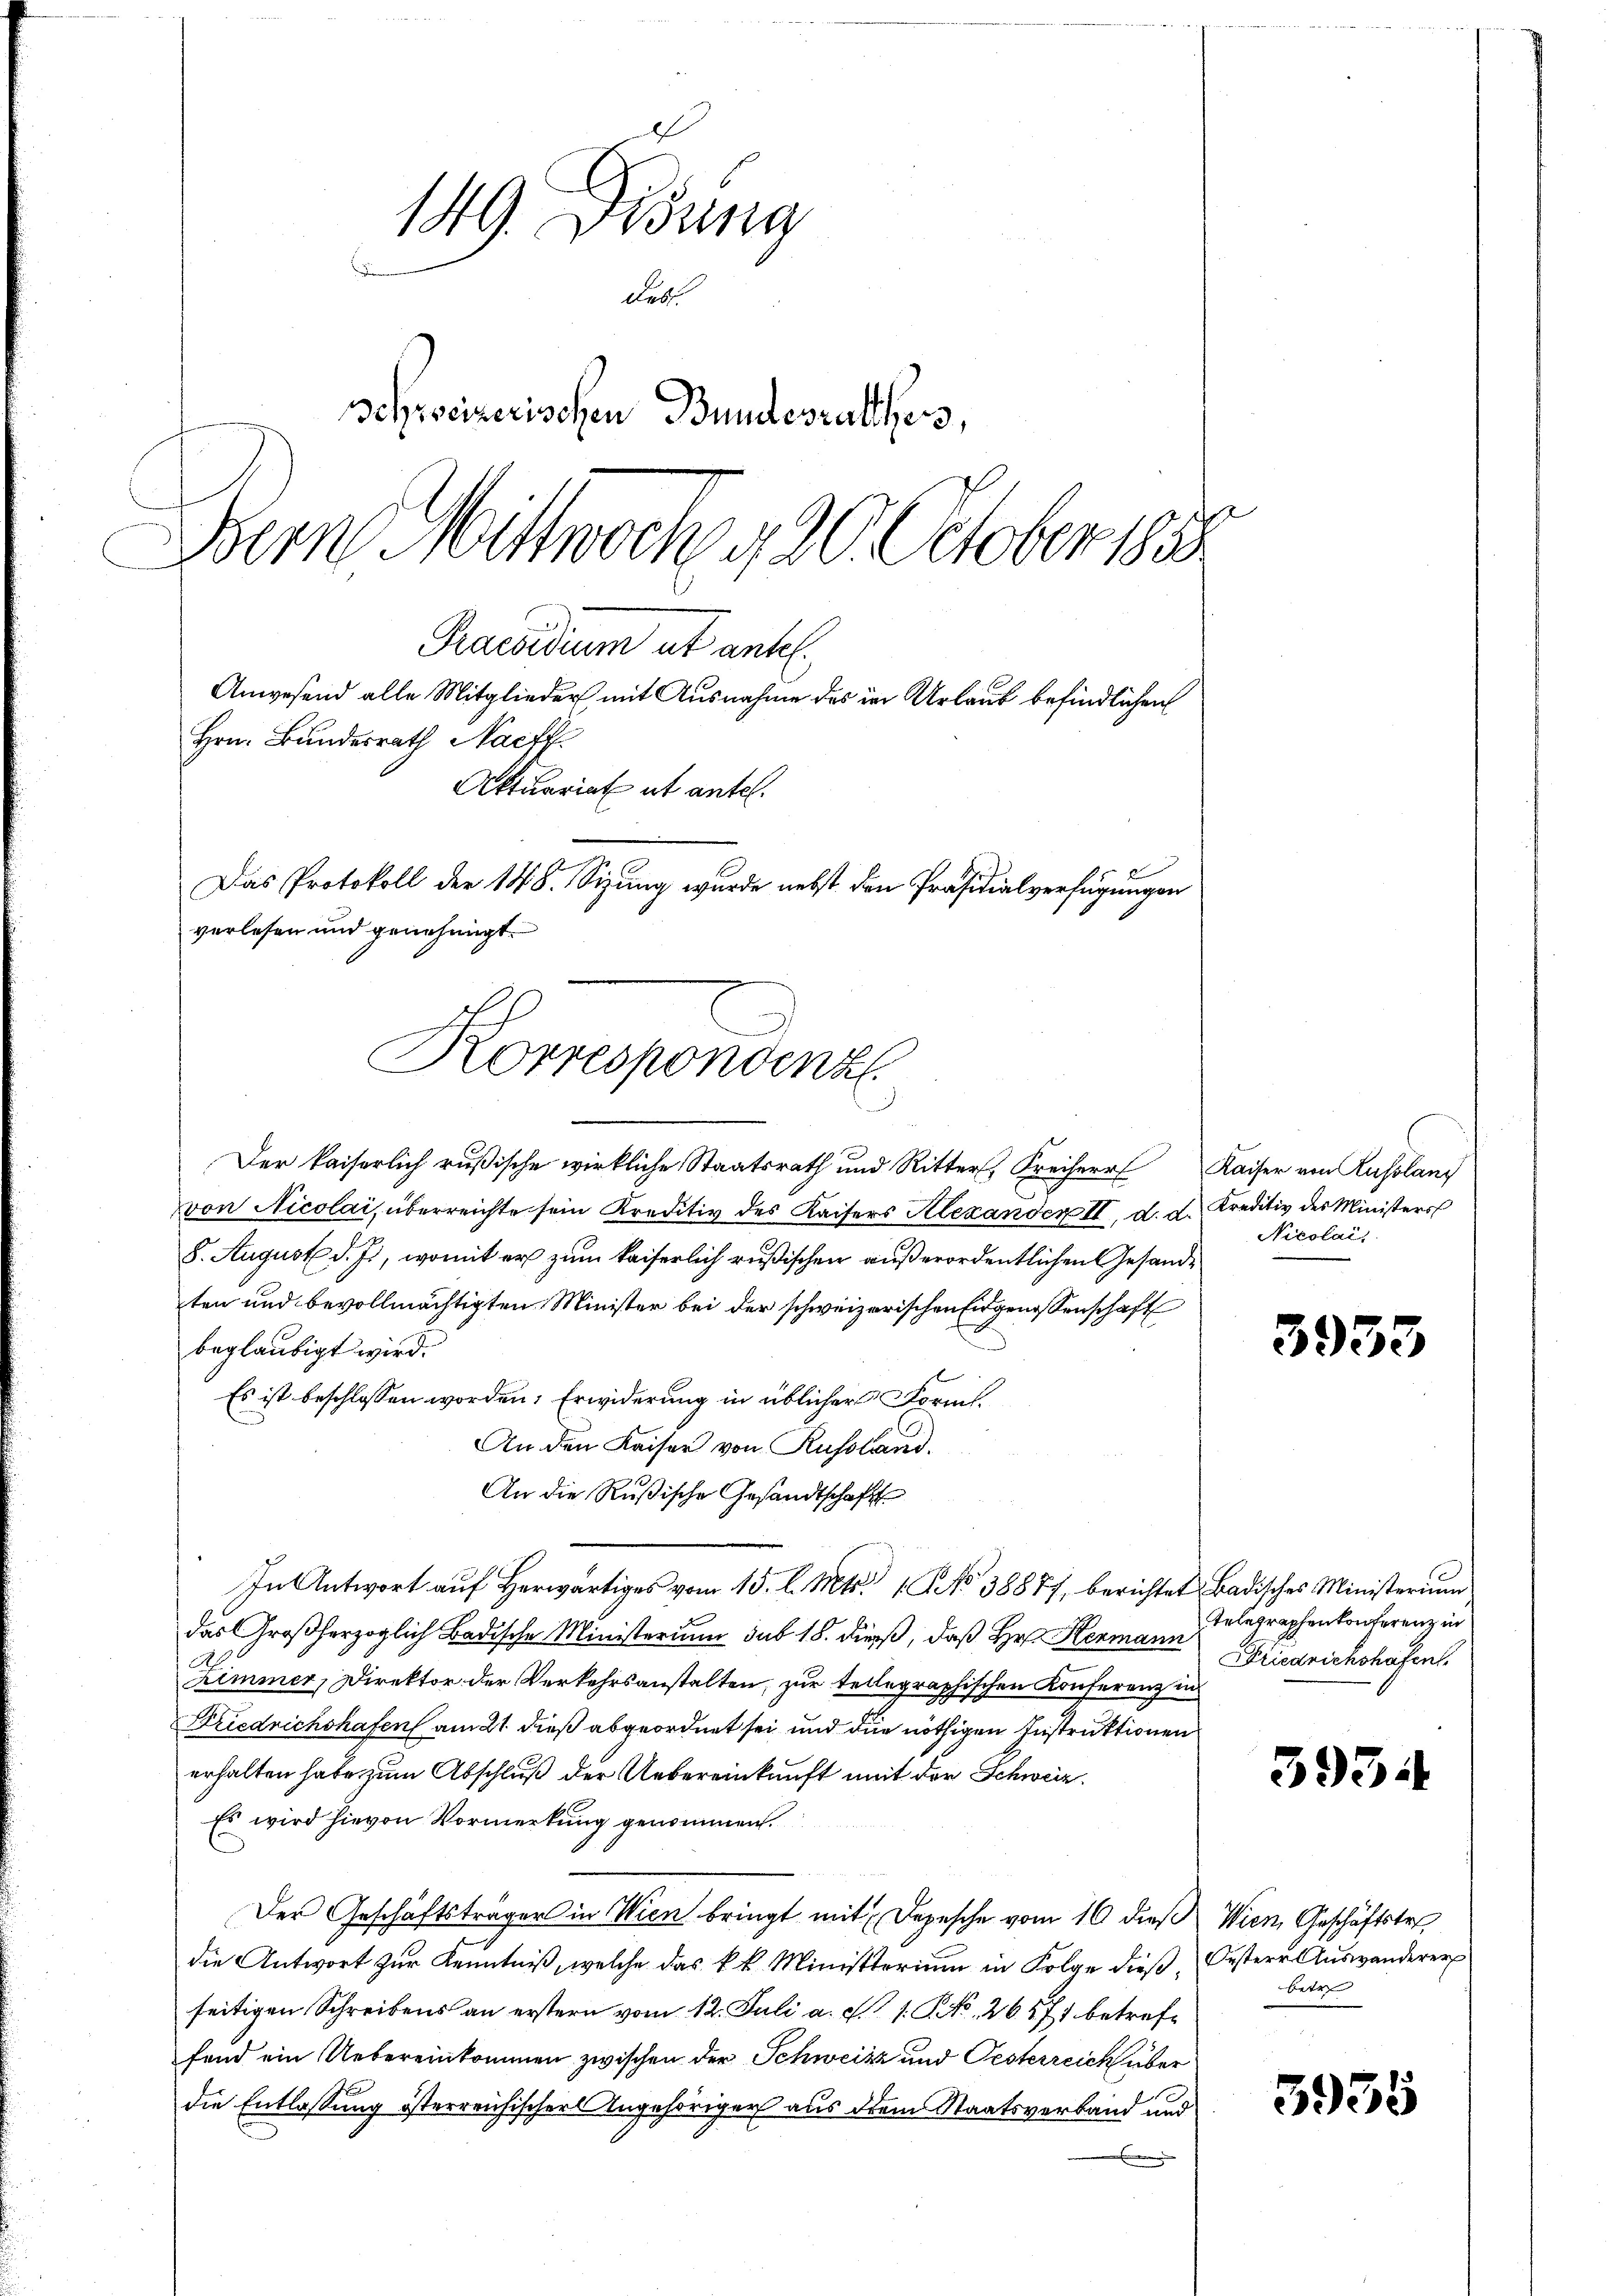
149. Disung
Feb.
Schweizerischen Bundesrathes,
Dem Mittwoch g 20. October 1858
Praesidium et antel.
Anwesend alle Mitglieder mit Ausnahme des in Urlaub befindlichen
Hrn. Bundesrath Nachf
Aktuariat ut antel.
Das Protokoll der 148. Sizung wurde nebst den Präsidialverfügungen
verlesen und genehmigt.

Korrespondenz

Der kaiserlich rußische wirkliche Staatsrath und Ritter, Freiherr
von Nicolai, überreichte sein Kreditiv des Kaisers Alexanden II. d. d. Kreditiv des Ministers
8. August d. Js., womit er zum kaiserlich rußischen außerordentlichen Gesamten und bevollmächtigten Minister bei der schweizerischen Eidgenossenschaft
beglaubigt wird.
Es ist beschlossen worden. Erwiderung in üblicher Form.
An den Kaiser von Russland.
An die Rußische Gesandtschaft
In Antwort auf Herwärtiges vom 15. d. Mts. 1 No 38877, berichtet Badisches Ministerium
das Großherzoglich Badische Ministerium sub 18. dieß, daß Hr. Hermann, Telegraphenkonferenz in
M
Zimmer, Direktor der Verkehrsanstalten, zur tellegraphischen Konferenz in
Friedrichshafen am 21. dieß abgeordnet sei und die nöthigen Instruktionen
erhalten habe zum Abschluß der Uebereinkunft mit der Schweiz
Es wird hievon Vormerkung genommen.
Der Geschäftsträger in Wien bringt mit Depesche vom 16 dieß Wien, Geschäftstr
die Antwort zur Kenntniß, welche das k.k. Ministerium in Folge dieß, Oestere Auswanderer
seitigen Schreibens an erstern vom 12. Juli a. d. 1. No. 2671 betreffend ein Uebereinkommen zwischen der Schweisz und Oesterreich über
die Entlassung österreichischer Angehöriger aus dem Staatsverband und

Kaiser von Russlang
Nicolai,

3953

Friedrichshafen.

593.

betr

3955